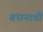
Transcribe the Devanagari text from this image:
बंधनाची